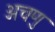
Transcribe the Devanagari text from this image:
अचणु